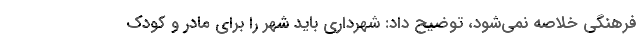
فرهنگی خلاصه نمی‌شود، توضیح داد: شهرداری باید شهر را برای مادر و کودک